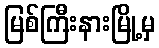
မြစ်ကြီးနားမြို့မှ